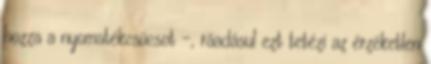
hozza a nyomatékcsúcsot –, ráadásul ezt tetézi az érzéketlen